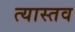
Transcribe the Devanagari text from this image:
त्यास्तव